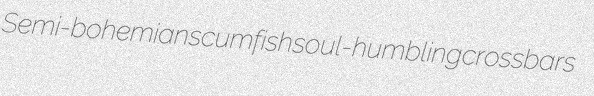
Semi-bohemian scumfish soul-humbling crossbars